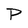
Character: P